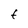
Character: t